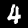
Label: 4